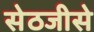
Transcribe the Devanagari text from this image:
सेठजीसे